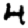
Digit: 4